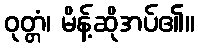
ဝုတ္တံ၊ မိန့်ဆိုအပ်၏။